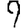
Digit: 9